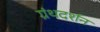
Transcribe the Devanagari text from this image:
ग्रंथदर्शन